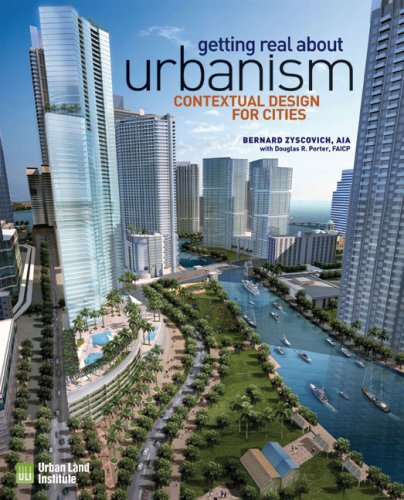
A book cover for Getting Real on Urbanism; Bernard Zyscovich; Law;